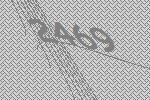
2469